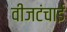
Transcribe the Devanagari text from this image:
वीजटंचाई